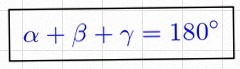
\alpha+\beta+\gamma=180^\circ